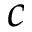
c